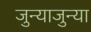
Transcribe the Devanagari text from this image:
जुन्याजुन्या